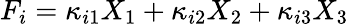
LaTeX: F_{i}=\kappa_{i1}X_{1}+\kappa_{i2}X_{2}+\kappa_{i3}X_{3}